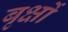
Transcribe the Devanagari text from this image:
बृक्षों